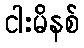
ငါးမိနစ်